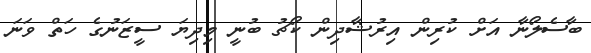
ބާސެލޯނާ އަށް ކުރިން އިރުޝާދިން ކޯޗު ބުނީ މިދިޔަ ސީޒަނުގެ ހަތް ވަނަ